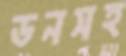
ডনসহ